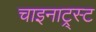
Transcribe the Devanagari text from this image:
चाइनाट्र्स्ट